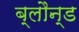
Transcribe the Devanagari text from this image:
ब्लौन्ड